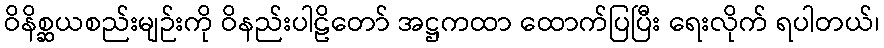
ဝိနိစ္ဆယစည်းမျဉ်းကို ဝိနည်းပါဠိတော် အဋ္ဌကထာ ထောက်ပြပြီး ရေးလိုက် ရပါတယ်၊